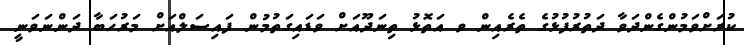
ކުރަށްވަމުންގެންދަވާ ދަތުރުފުޅުގެ ތެރެއިން ވ އަތޮޅު ތިނަދޫއަށް ވަޑައިގަތުމުން ފައިސަލްއަށް މަރުހަބާ ދަންނަވަނީ